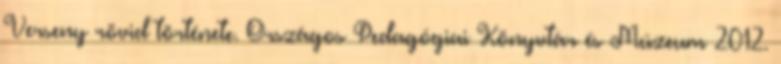
Verseny rövid története. Országos Pedagógiai Könyvtár és Múzeum 2012.